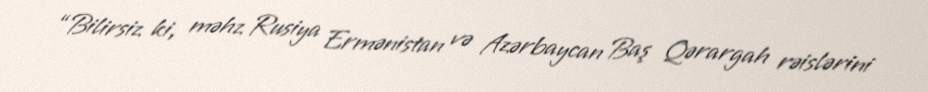
“Bilirsiz ki, məhz Rusiya Ermənistan və Azərbaycan Baş Qərargah rəislərini